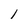
Character: 1